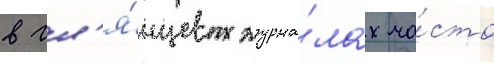
в гл'я́нцевых журна́лах ча́сто